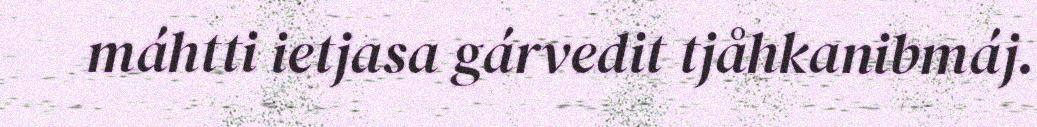
máhtti ietjasa gárvedit tjåhkanibmáj.